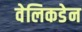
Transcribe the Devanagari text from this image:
वेलिकडेन